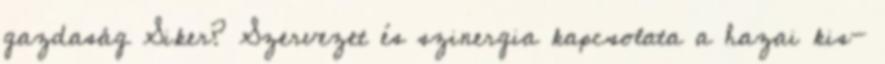
gazdaság Siker? Szervezet és szinergia kapcsolata a hazai kis-